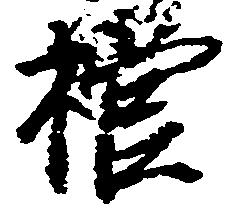
棺